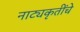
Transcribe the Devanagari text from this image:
नाट्यकृतींचे